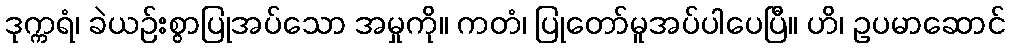
ဒုက္ကရံ၊ ခဲယဉ်းစွာပြုအပ်သော အမှုကို။ ကတံ၊ ပြုတော်မူအပ်ပါပေပြီ။ ဟိ၊ ဥပမာဆောင်